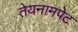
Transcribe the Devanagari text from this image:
तेयनामपेट